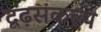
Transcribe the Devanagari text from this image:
दृढ़संकल्प